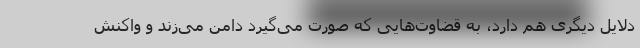
دلایل دیگری هم دارد، به قضاوت‌هایی که صورت می‌گیرد دامن می‌زند و واکنش